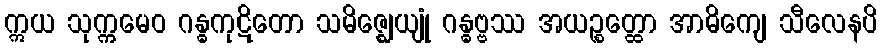
ဣယ သုက္ကမေဝ ဂန္ဓကုဋိတော သမိဇ္ဈေယျုံ ဂန္ဓဗ္ဗဿ အယဉ္စတ္ထော အာဓိကျေ သီလေနပိ